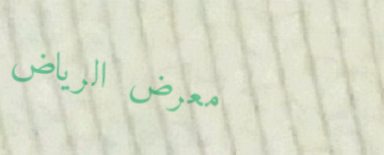
معرض الرياض